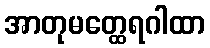
အာတုမတ္ထေရဂါထာ